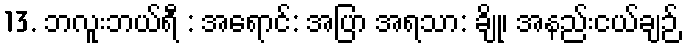
13. ဘလူးဘယ်ရီ : အရောင်: အပြာ အရသာ: ချို၊ အနည်းငယ်ချဉ်